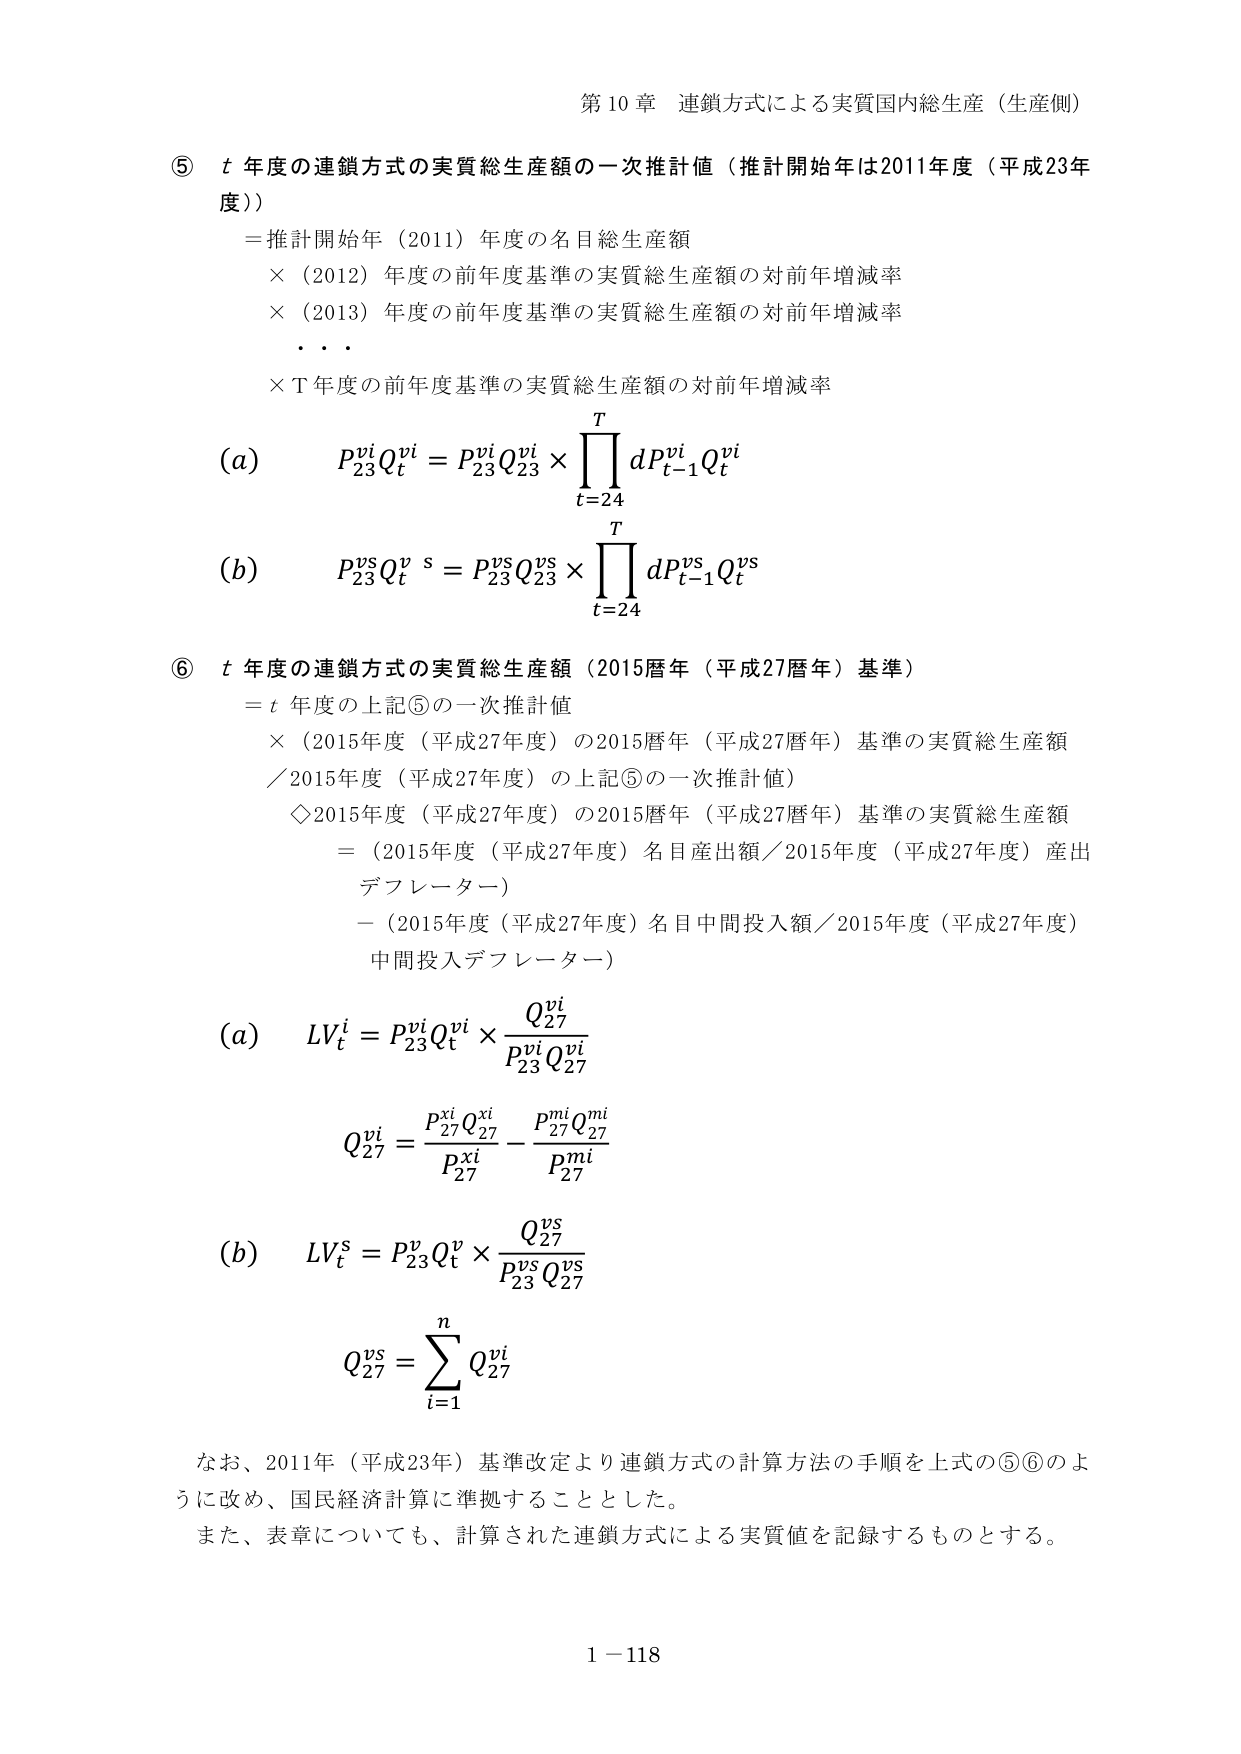
第10章 連鎖方式による実質国内総生産（生産側）

⑤ t 年度の連鎖方式の実質総生産額の一次推計値（推計開始年は2011年度（平成23年度））
　＝推計開始年（2011）年度の名目総生産額
　　×（2012）年度の前年度基準の実質総生産額の対前年増減率
　　×（2013）年度の前年度基準の実質総生産額の対前年増減率
　　・・・
　　×T年度の前年度基準の実質総生産額の対前年増減率

(a)　P₂₃ᵛⁱQₜᵛⁱ = P₂₃ᵛⁱQ₂₃ᵛⁱ × ∏(t=24 to T) dPₜ₋₁ᵛⁱQₜᵛⁱ

(b)　P₂₃ᵛˢQₜᵛˢ = P₂₃ᵛˢQ₂₃ᵛˢ × ∏(t=24 to T) dPₜ₋₁ᵛˢQₜᵛˢ

⑥ t 年度の連鎖方式の実質総生産額（2015暦年（平成27暦年）基準）
　＝t 年度の上記⑤の一次推計値
　　×（2015年度（平成27年度）の2015暦年（平成27暦年）基準の実質総生産額
　　／2015年度（平成27年度）の上記⑤の一次推計値）
　　◇2015年度（平成27年度）の2015暦年（平成27暦年）基準の実質総生産額
　　　＝（2015年度（平成27年度）名目産出額／2015年度（平成27年度）産出デフレーター）
　　　－（2015年度（平成27年度）名目中間投入額／2015年度（平成27年度）中間投入デフレーター）

(a)　LVₜⁱ = P₂₃ᵛⁱQₜᵛⁱ × (Q₂₇ᵛⁱ / P₂₃ᵛⁱQ₂₇ᵛⁱ)

　　　Q₂₇ᵛⁱ = (P₂₇ˣⁱQ₂₇ˣⁱ / P₂₇ˣⁱ) - (P₂₇ᵐⁱQ₂₇ᵐⁱ / P₂₇ᵐⁱ)

(b)　LVₜˢ = P₂₃ᵛˢQₜᵛˢ × (Q₂₇ᵛˢ / P₂₃ᵛˢQ₂₇ᵛˢ)

　　　Q₂₇ᵛˢ = Σ(i=1 to n) Q₂₇ᵛⁱ

なお、2011年（平成23年）基準改定より連鎖方式の計算方法の手順を上式の⑤⑥のように改め、国民経済計算に準拠することとした。
また、表章についても、計算された連鎖方式による実質値を記録するものとする。

1－118